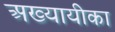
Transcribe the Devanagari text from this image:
अख्यायीका